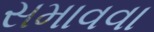
સમાવવા